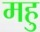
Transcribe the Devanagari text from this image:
महु